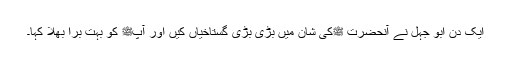
ایک دن ابو جہل نے آنحضرت ﷺکی شان میں بڑی بڑی گستاخیاں کیں اور آپﷺ کو بہت برا بھلا کہا۔